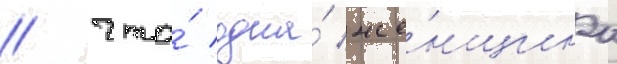
/ что́ одна́ же́нщина